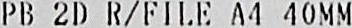
PB 2D R/FILE A4 40MM